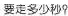
要走多少秒?